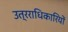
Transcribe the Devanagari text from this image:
उत्रराधिकारियों